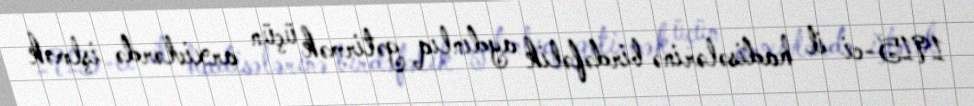
1915-ci il hadisələrinə birdəfəlik aydınlıq gətirmək üçün arxivlərdə işlmək